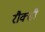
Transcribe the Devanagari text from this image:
रौक्सी